Jaan_Tonisson_(Lasteleht), lk 45
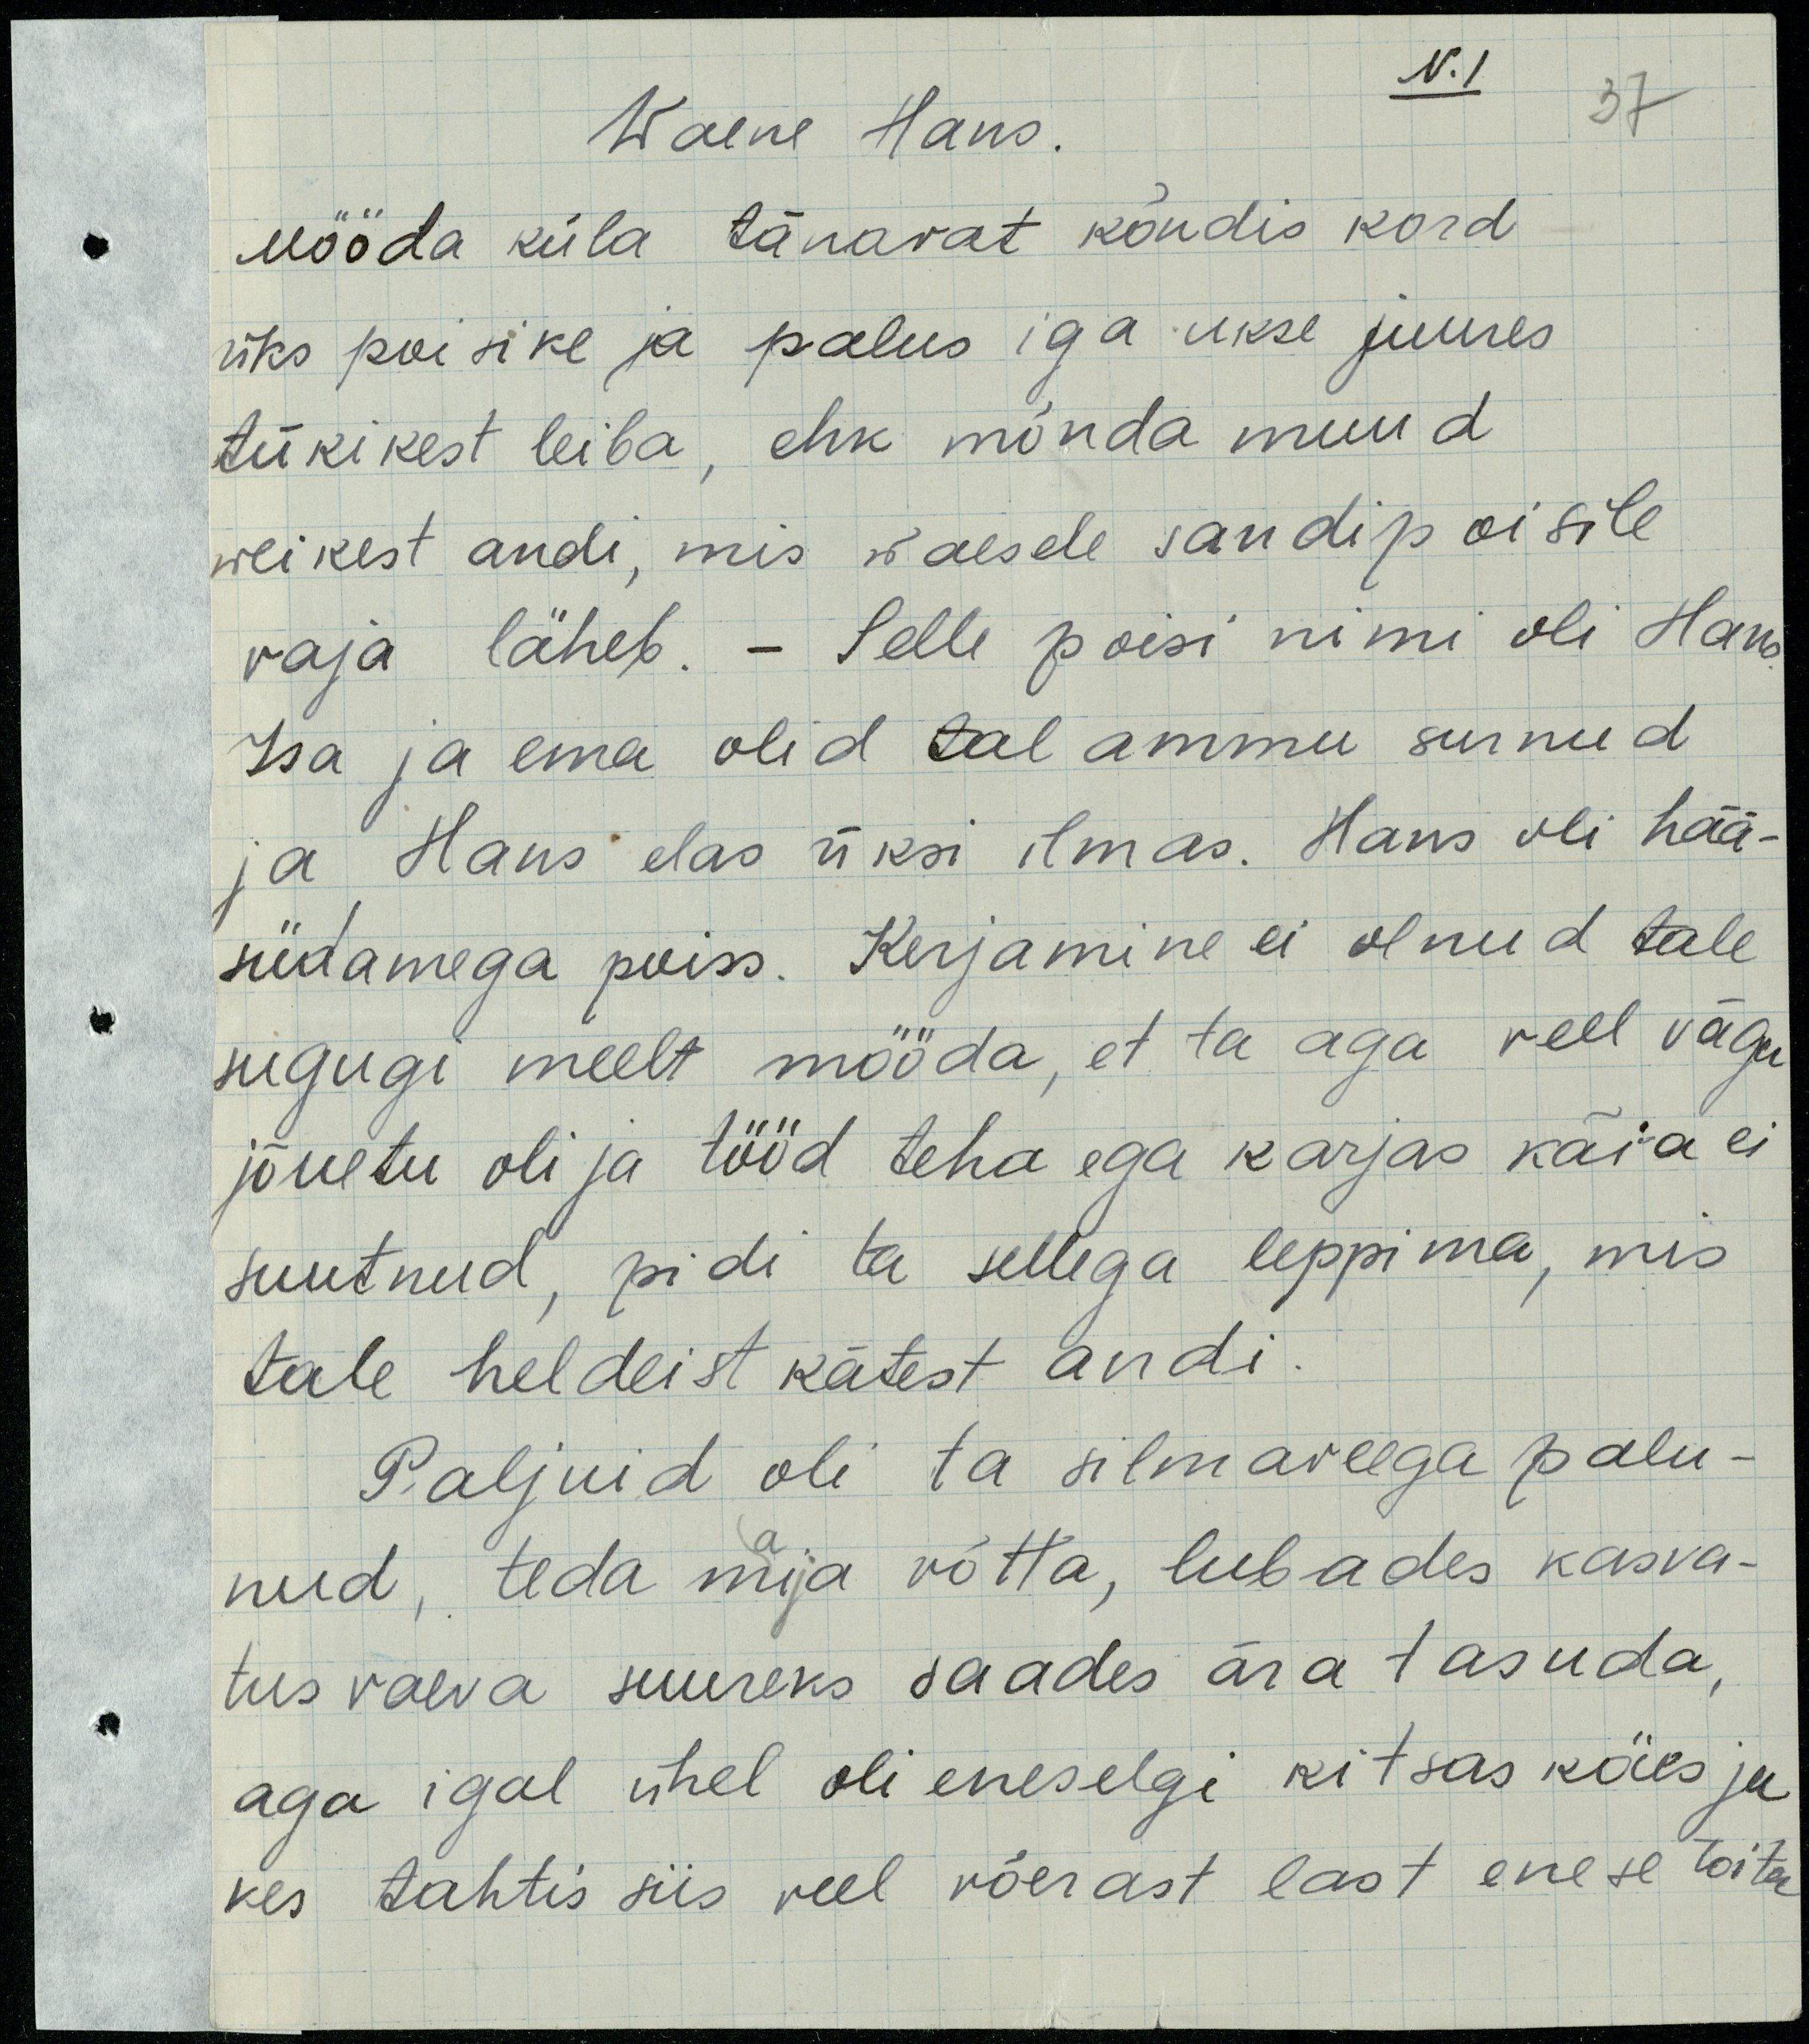
Waene Hans
N.1
Mööda küla tänavat kõndis kord
üks poisike ja palus iga ukse juures
tükikest leiba, ehk mõnda muud
weikest andi, mis waesele sandipoisile
vaja läheb. – Selle poisi nimi oli Hans.
Isa ja ema olid tal ammu surnud
ja Hans elas üksi ilmas. Hans oli hää
südamega poiss. Kerjamine ei olnud tale
sugugi meelt mööda, et ta aga veel väga 
jõuetu oli ja tööd teha ega karjas käia ei 
suutnud, pidi ta sellega leppima, mis
tale heldeist kätest andi.
Paljuid oli ta silmaveega palu-
nud, teda mija võtta, lubades kasva-
tusvaeva suureks saades ära tasuda,
aga igal ühel oli eneselgi kitsas käes ja
kes tahtis siis veel võerast last enese toita